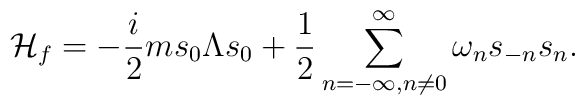
{\cal H}_{f} = -{i\over 2}m s_0\Lambda s_0+{1\over2}\sum_{n=-\infty,n\neq 0}^{\infty}\omega_n s_{-n}s_n.